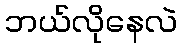
ဘယ်လိုနေလဲ